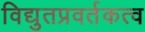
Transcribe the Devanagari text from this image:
विद्युतप्रवर्तकत्व